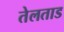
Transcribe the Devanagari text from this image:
तेलताड